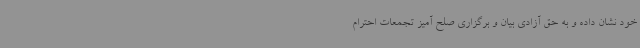
خود نشان داده و به حق آزادی بیان و برگزاری صلح آمیز تجمعات احترام